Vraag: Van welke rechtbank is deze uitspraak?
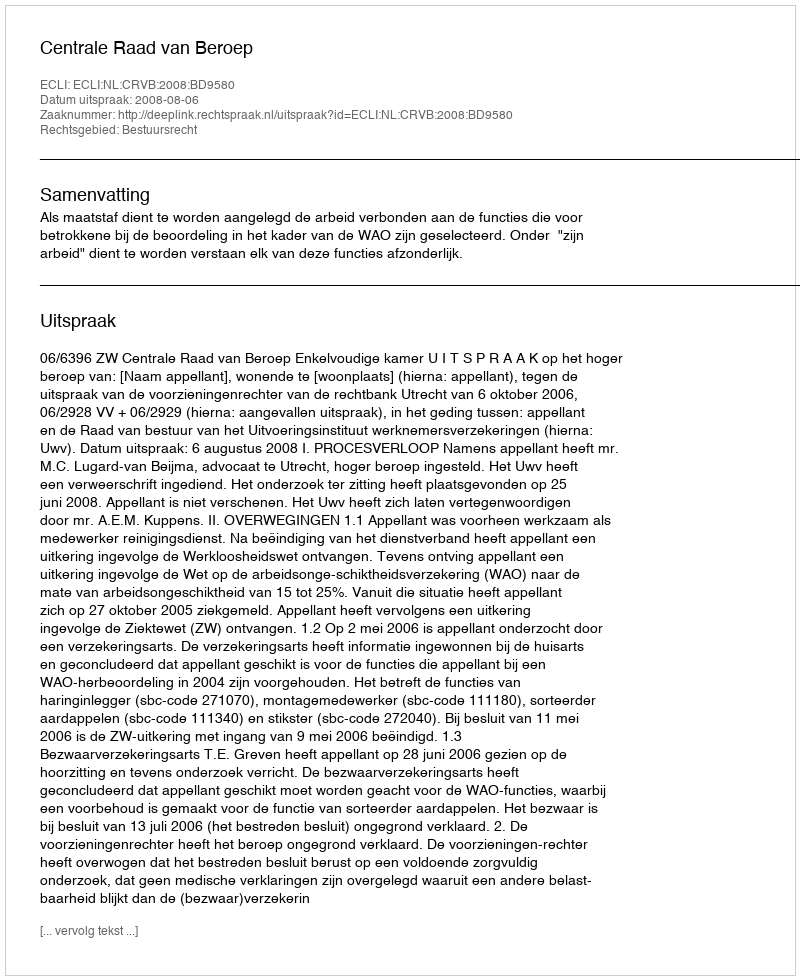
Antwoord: Centrale Raad van Beroep